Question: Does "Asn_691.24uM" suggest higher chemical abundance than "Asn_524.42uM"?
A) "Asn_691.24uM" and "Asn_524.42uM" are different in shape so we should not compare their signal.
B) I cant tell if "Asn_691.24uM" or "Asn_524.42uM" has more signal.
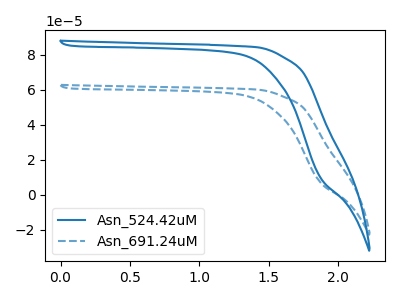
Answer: <think>The blue curve "Asn_524.42uM" has no peaks. The blue dashed curve "Asn_691.24uM" has no peaks.
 Neither "Asn_691.24uM" or "Asn_524.42uM" have any peaks.</think>
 <answer>B) I cant tell if "Asn_691.24uM" or "Asn_524.42uM" has more signal.</answer>
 <eval>B</eval>